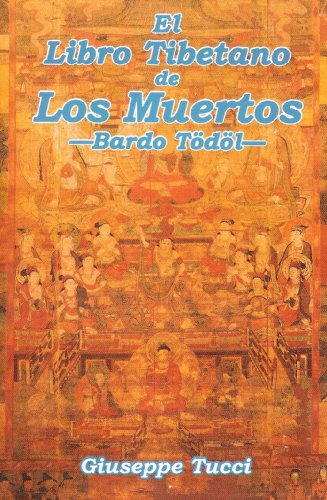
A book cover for El Libro Tibetano de los Muertos. Bardo Todol. El Libro de la Salvacion de la Existencia Intermedia/ The Tibetan Book of the Dead (Spanish Edition); Giuseppe Tucci; Religion & Spirituality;